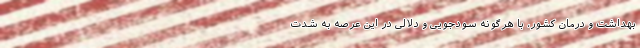
بهداشت و درمان کشور، با هرگونه سودجویی و دلالی در این عرصه به شدت